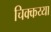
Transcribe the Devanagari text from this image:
चिक्कय्या